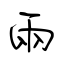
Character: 兩